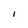
Character: l